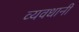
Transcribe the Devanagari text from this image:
व्यवधानी